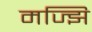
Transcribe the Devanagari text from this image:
मज्झि